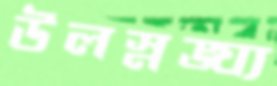
উলস্নঙ্ঘ্য